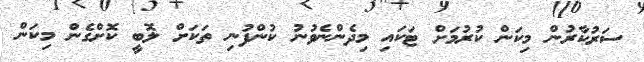
ސަރުކާރުން މިކަން ކުރުމަށް ޓަކައި މިދެންނެވުނު ކުންފުނި ތަކަށް ލޮބީ ކޮށްގެން މިކަން